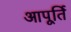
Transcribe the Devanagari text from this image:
आपूर्ति